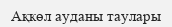
Ақкөл ауданы таулары